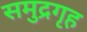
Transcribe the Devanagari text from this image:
समुद्रगृह